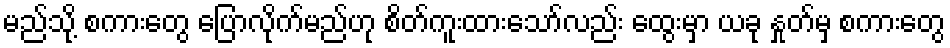
မည်သို့ စကားတွေ ပြောလိုက်မည်ဟု စိတ်ကူးထားသော်လည်း ထွေးမှာ ယခု နှုတ်မှ စကားတွေ